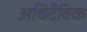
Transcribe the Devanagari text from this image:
अधिदैविक